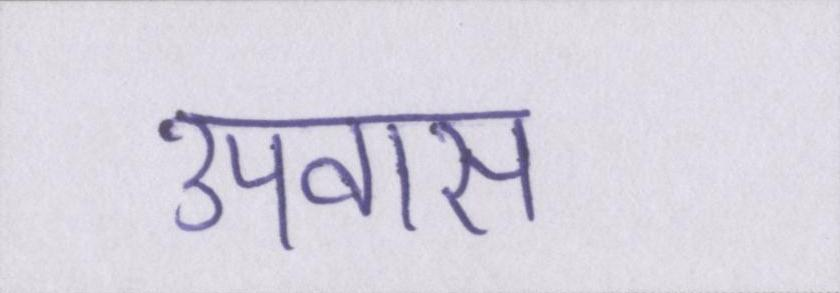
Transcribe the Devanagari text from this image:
उपवास